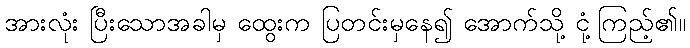
အားလုံး ပြီးသောအခါမှ ထွေးက ပြတင်းမှနေ၍ အောက်သို့ ငုံ့ကြည့်၏။